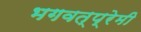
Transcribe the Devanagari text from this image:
भगवत्प्रेमी